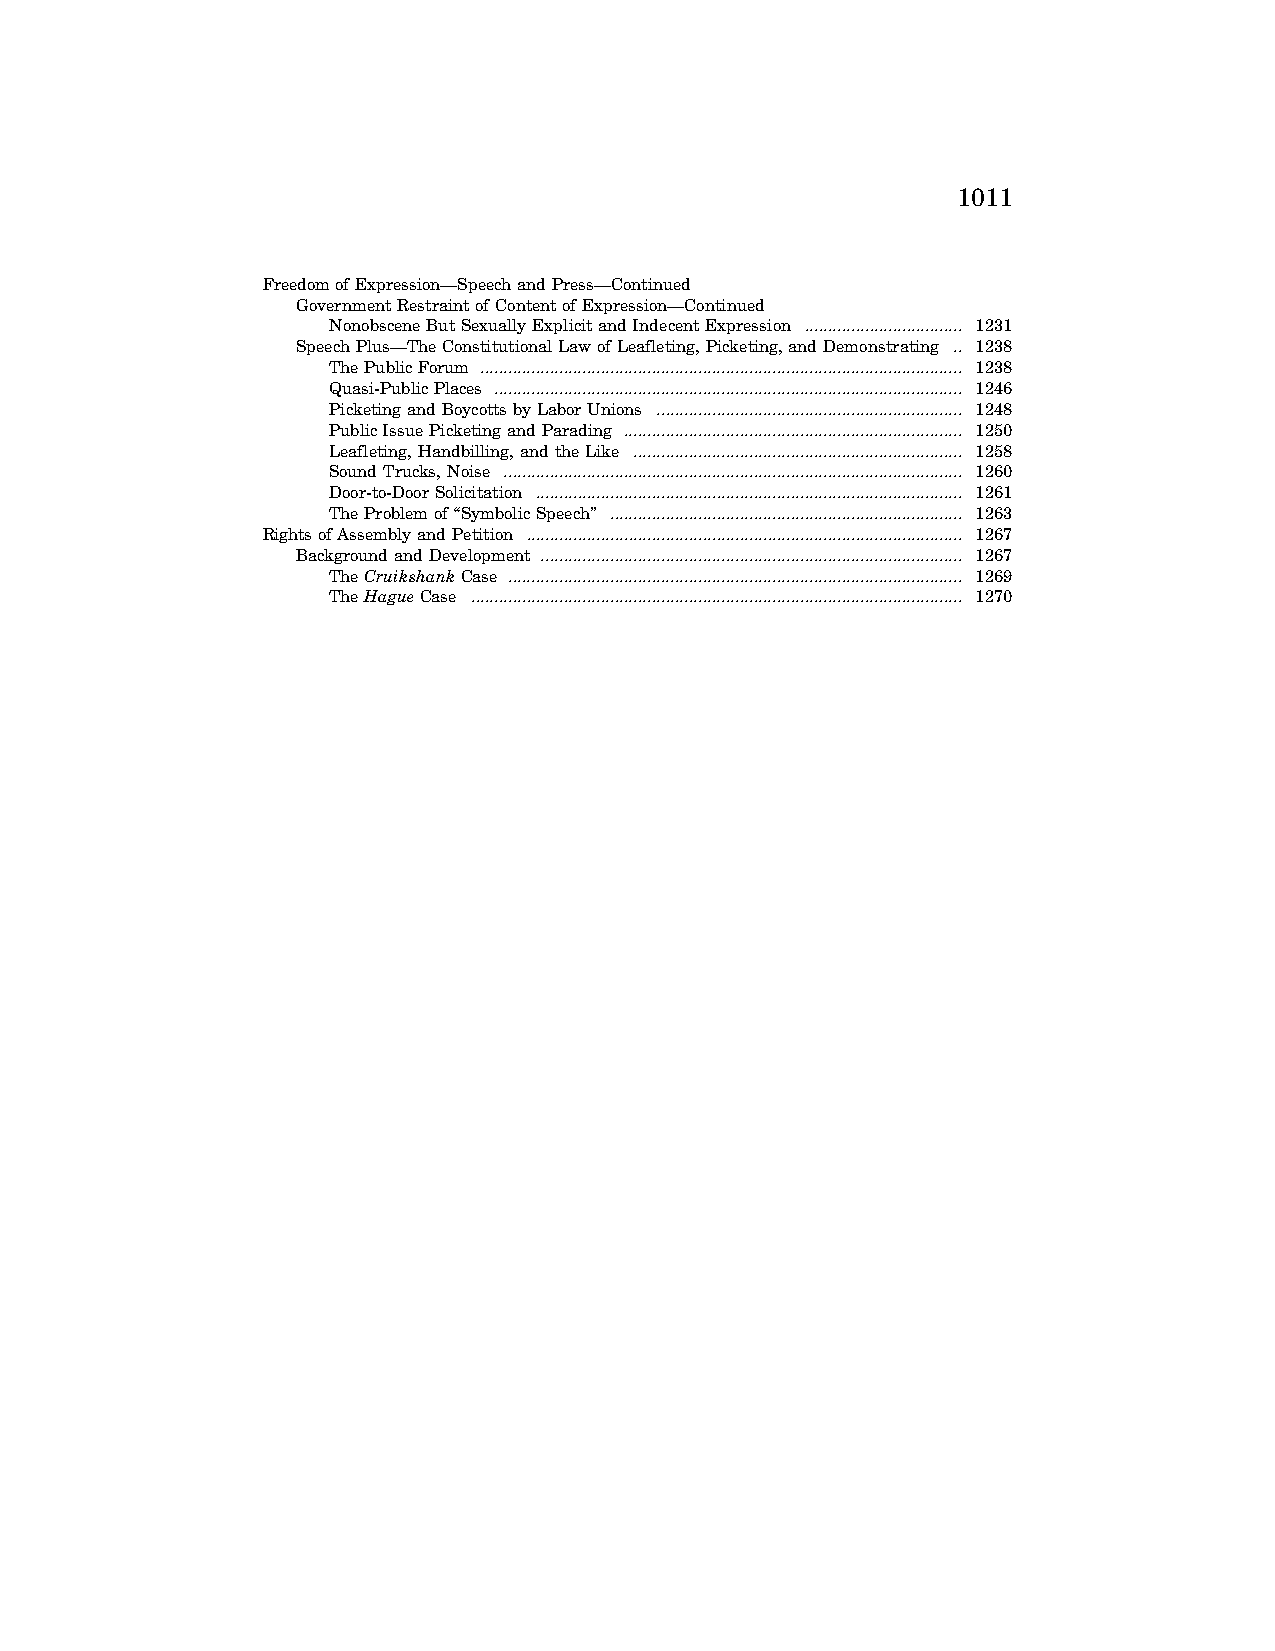
1011
 Freedom of Expression—Speech and Press—Continued
 Government Restraint of Content of Expression—Continued
 Nonobscene But Sexually Explicit and Indecent Expression .................................. 1231
 Speech Plus—The Constitutional Law of Leafleting, Picketing, and Demonstrating .. 1238
 The Public Forum ........................................................................................................ 1238
 Quasi-Public Places ..................................................................................................... 1246
 Picketing and Boycotts by Labor Unions .................................................................. 1248
 Public Issue Picketing and Parading ......................................................................... 1250
 Leafleting, Handbilling, and the Like ....................................................................... 1258
 Sound Trucks, Noise ................................................................................................... 1260
 Door-to-Door Solicitation ............................................................................................ 1261
 The Problem of ‘‘Symbolic Speech’’ ............................................................................ 1263
 Rights of Assembly and Petition .............................................................................................. 1267
 Background and Development ........................................................................................... 1267
 TheCruikshankCase .................................................................................................. 1269
 TheHagueCase .......................................................................................................... 1270
 VerDate Apr 15 2004 09:05 Jun 25, 2004 Jkt 077500 PO 00000 Frm 00003 Fmt 8221 Sfmt 8221 C:\CONAN\CON023.XXX PRFM99 PsN: CON023